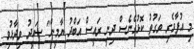
މި އުފާވެރި ވަގުތު ކޮޅުގެނެސް ދިނީ ރައީސް އަބްދު ޔާމީން" ސައީދު ވިދާޅުވި